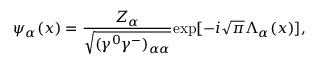
{ \psi } _ { \alpha } ( x ) = \frac { Z _ { \alpha } } { \sqrt { ( { \gamma } ^ { 0 } { \gamma } ^ { - } ) _ { { \alpha } { \alpha } } } } \mathrm { e x p } [ - i \sqrt { \pi } { \Lambda } _ { \alpha } ( x ) ] ,